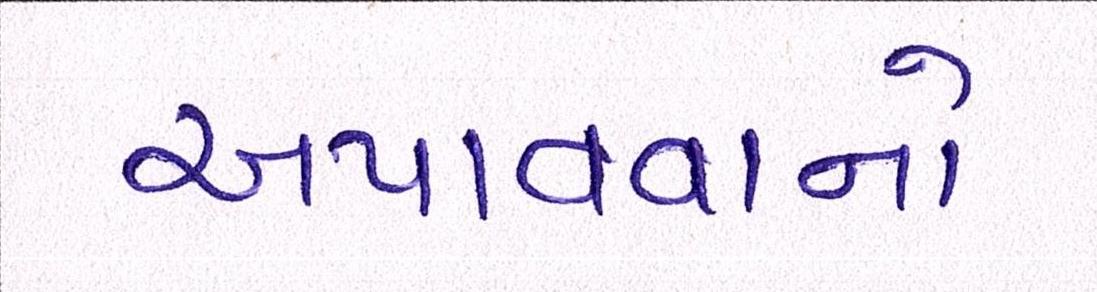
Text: અપાવવાનો